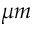
\mu m